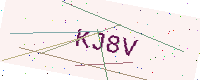
Text: KJ8V